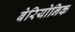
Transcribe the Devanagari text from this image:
बेरियोनिक